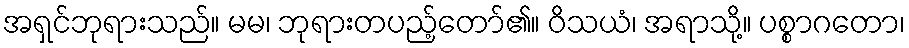
အရှင်ဘုရားသည်။ မမ၊ ဘုရားတပည့်တော်၏။ ဝိသယံ၊ အရာသို့။ ပစ္စာဂတော၊